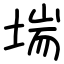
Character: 㙐